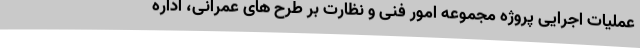
عملیات اجرایی پروژه مجموعه امور فنی و نظارت بر طرح های عمرانی، اداره